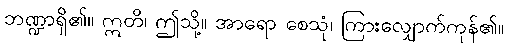
ဘဏ္ဍာရှိ၏။ ဣတိ၊ ဤသို့။ အာရော စေသုံ၊ ကြားလျှောက်ကုန်၏။